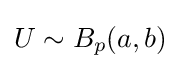
U\sim B_{p}(a,b)